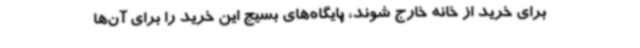
برای خرید از خانه خارج شوند، پایگاه‌های بسیج این خرید را برای آن‌ها